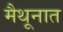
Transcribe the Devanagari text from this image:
मैथूनात